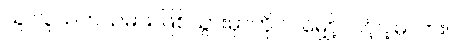
သူ လူသတ်သမား ဖြစ်သွားမှာကို ငါ မျှော့်လင့်ပါ့မလား။